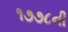
૧૭૭૮ની